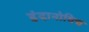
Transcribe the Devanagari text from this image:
हंदानोविच